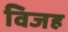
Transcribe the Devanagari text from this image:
विजह